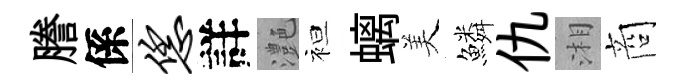
謄係恁詳灔袒螭美鱗仇湘商